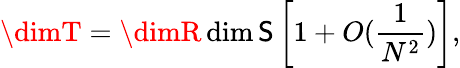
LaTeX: \dimT=\dimR\dim\mathsf{S}\left[1+O({\frac{{1}}{{N^{2}}}})\right],